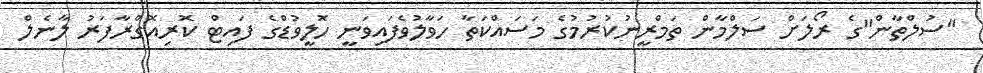
"ސުލްތާން"ގެ ރޯލަށް ސަލްމާން ތަމްރީނުކުރުމުގެ މަސައްކަތާ ހަވާލުވެފައިވަނީ ހޮލީވުޑްގެ ފައިޓް ކޮރިއޮގްރާފަރު ލާނެލް